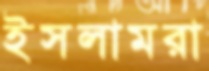
ইসলামরা